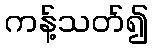
ကန့်သတ်၍